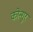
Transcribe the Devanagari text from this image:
कोन्गुर